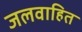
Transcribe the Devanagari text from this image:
जलवाहित